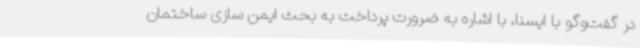
در گفت‌وگو با ایسنا، با اشاره به ضرورت پرداخت به بحث ایمن سازی ساختمان